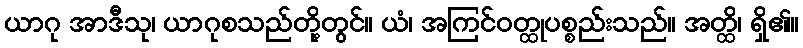
ယာဂု အာဒီသု၊ ယာဂုစသည်တို့တွင်။ ယံ၊ အကြင်ဝတ္ထုပစ္စည်းသည်။ အတ္ထိ၊ ရှိ၏။